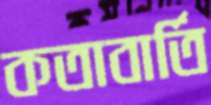
কতাবার্তি